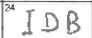
Transcription: IDB